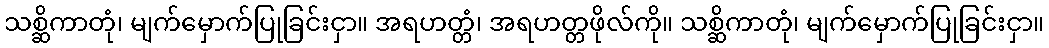
သစ္ဆိကာတုံ၊ မျက်မှောက်ပြုခြင်းငှာ။ အရဟတ္တံ၊ အရဟတ္တဖိုလ်ကို။ သစ္ဆိကာတုံ၊ မျက်မှောက်ပြုခြင်းငှာ။